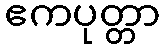
ဧကပုတ္တာ